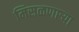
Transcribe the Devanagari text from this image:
मिसळणार्‍या